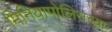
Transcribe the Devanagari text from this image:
मिनियापोलिसच्या